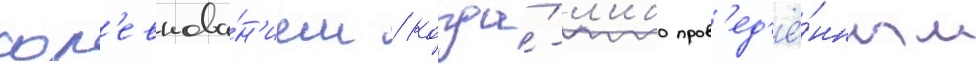
сор'евнова́н'ием / когда́-л'ибо пров'ед'ё́нным